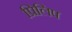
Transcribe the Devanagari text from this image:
प्रिलिप